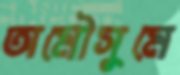
অমৌসুমে